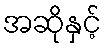
အဆိုနှင့်